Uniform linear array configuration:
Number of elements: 24
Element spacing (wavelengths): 0.5
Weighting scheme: hamming
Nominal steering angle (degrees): -30
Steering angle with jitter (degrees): -30.937
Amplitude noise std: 0.05
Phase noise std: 0.05

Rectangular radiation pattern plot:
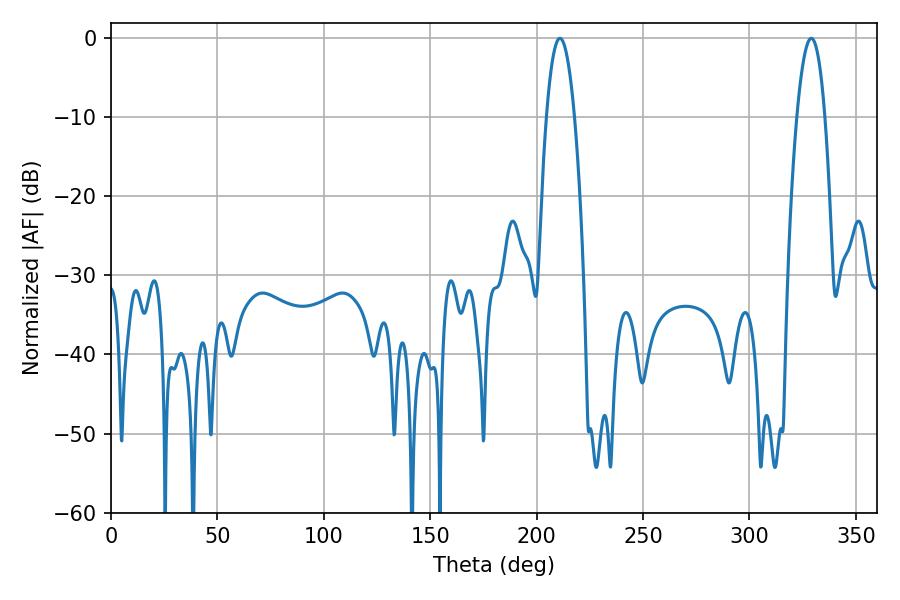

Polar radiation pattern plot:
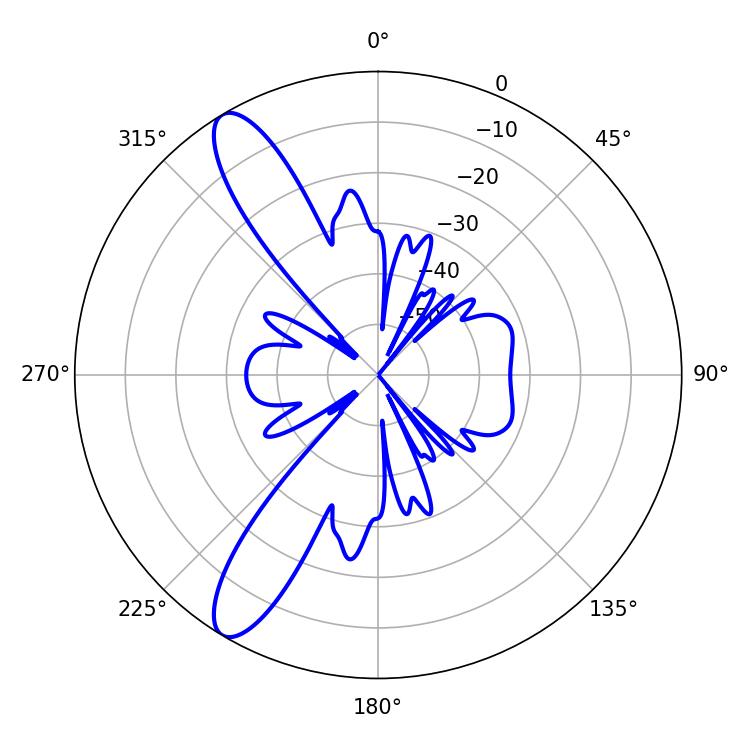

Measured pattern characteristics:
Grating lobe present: FALSE
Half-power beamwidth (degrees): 7.38
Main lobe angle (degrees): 210.96